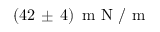
( 4 2 \, \pm \, 4 ) \, \mathrm { ~ m ~ N ~ / ~ m ~ }